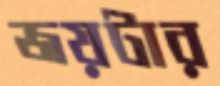
জয়টার